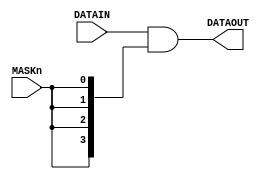
//-----------------------------------------------------------------------------
// The confidential and proprietary information contained in this file may
// only be used by a person authorised under and to the extent permitted
// by a subsisting licensing agreement from ARM Limited.
//
//            (C) COPYRIGHT 2008-2009 ARM Limited.
//                ALL RIGHTS RESERVED
//
// This entire notice must be reproduced on all copies of this file
// and copies of this file may only be made by a person if such person is
// permitted to do so under the terms of a subsisting license agreement
// from ARM Limited.
//
//      SVN Information
//
//      Checked In          : $Date: 2009-03-10 10:41:18 +0000 (Tue, 10 Mar 2009) $
//
//      Revision            : $Revision: 103410 $
//
//      Release Information : Cortex-M0-AT510-r0p0-00rel0
//-----------------------------------------------------------------------------

module cm0_dap_cdc_comb_and_addr
         #(parameter   PRESENT = 1)
          (input  wire [3:0]  DATAIN,   // Data to be Masked
           input  wire        MASKn,    // Mask Enable
           output wire [3:0]  DATAOUT); // Masked Data Output
  
  // --------------------------------------------------------------------------
  // NOTE: THIS MODULE IS NOT INTENDED FOR USE IN SYNTHESIS
  // IT IS STRONGLY RECOMMENDED THAT AN EQUIVALENT MODULE
  // DIRECTLY INSTANTIATING CELLS FROM YOUR LIBRARY THAT MEET
  // THE REQUIREMENTS DETAILED BELOW IS USED INSTEAD
  // --------------------------------------------------------------------------
  
  // --------------------------------------------------------------------------
  // This module is instantiated where a 4-bit AND mask is required on a CDC
  // interface. In this case, it is necesssary to ensure that the output of
  // the mask does not glitch when the mask input is low.
  //
  // The implementation of this module must ensure that this requirement is
  // met.
  // --------------------------------------------------------------------------

  //----------------------------------------------------------------------------
  // Beginning of main code
  //----------------------------------------------------------------------------

  // AND Gate Mask
  assign DATAOUT = (PRESENT != 0) ? DATAIN & {4{MASKn}} 
                                  : {4{1'b0}}; // inputs unused if not PRESENT

endmodule